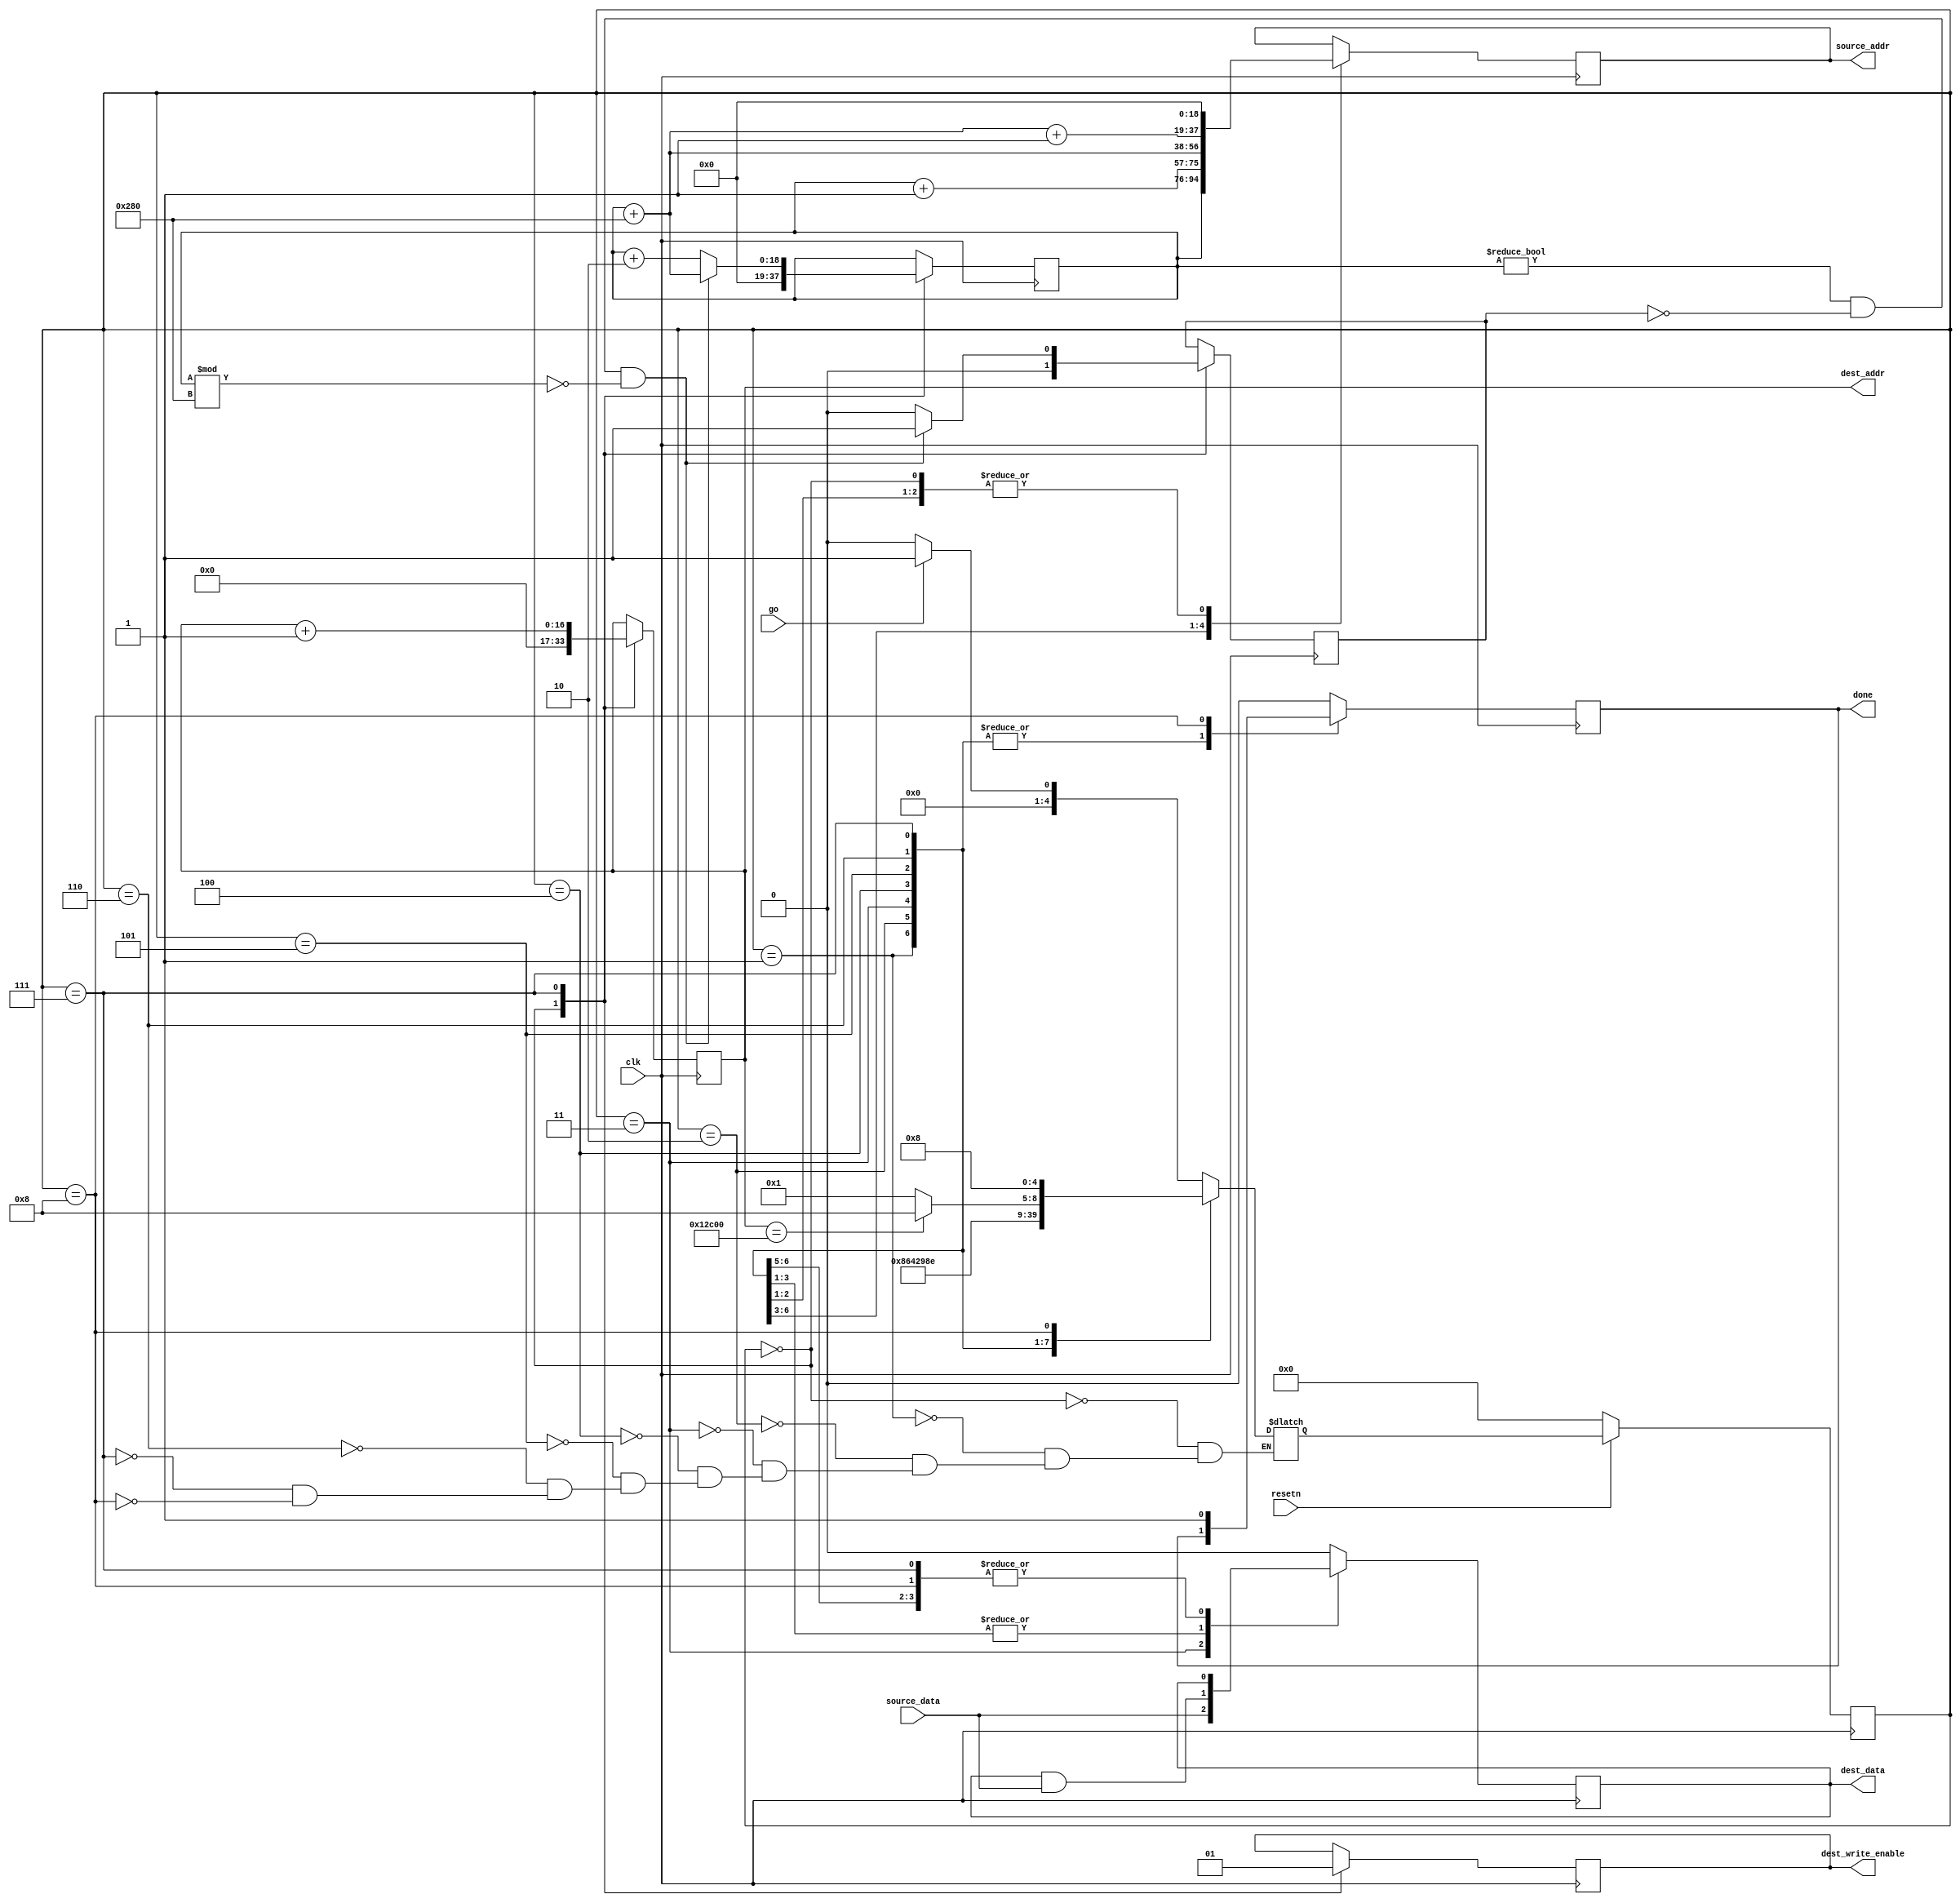
`timescale 1ns/1ns
// Reduction Block
// Reduces an n by m array into an  (n/2) by (m/2) array by
// sweeping a 2x2 box across the input array and ANDing the elements together
// Assumes a two cycle delay when accessing the source memory

module reduction
#( 
    parameter SOURCE_WIDTH = 640,
    parameter SOURCE_HEIGHT = 480,
    parameter SOURCE_DATA_WIDTH = 1,
    parameter SOURCE_ADDR_WIDTH = 19,
    parameter DEST_ADDR_WIDTH = 17,
    parameter DEST_DATA_WIDTH = 1
)
(
    input clk,
    input resetn,
    input go,
    input [SOURCE_DATA_WIDTH-1:0] source_data,
    output reg [SOURCE_ADDR_WIDTH-1:0] source_addr,
    output reg [DEST_ADDR_WIDTH-1:0] dest_addr,
    output reg [DEST_DATA_WIDTH-1:0] dest_data,
    output reg dest_write_enable,
    output reg done
);

    //States
    localparam RESET = 0,
               ISSUE_READ_TL = 1,
               ISSUE_READ_TR = 2,
               ISSUE_READ_BL_AND_TL_READY = 3,
               ISSUE_READ_BR_AND_TR_READY = 4,
               BL_READY = 5,
               BR_READY = 6,
               WRITE_RESULT = 7,
               DONE = 8;

     reg [4:0] curState, nextState;

     //State Loading
     always@(posedge clk) begin
         if(resetn == 1'b0)
             curState <= RESET;
         else
             curState <= nextState;
     end

     ////////////////////////////////////////////////////////////////
     //State Transitions
     always@(*) begin
         case (curState)
             RESET: begin
                if(go)
                    nextState <= ISSUE_READ_TL;
                else if(!go)
                    nextState <= RESET;
             end
             ISSUE_READ_TL: begin
                 nextState <= ISSUE_READ_TR;
             end
             ISSUE_READ_TR: begin
                 nextState <= ISSUE_READ_BL_AND_TL_READY;
             end
             ISSUE_READ_BL_AND_TL_READY: begin
                 nextState <= ISSUE_READ_BR_AND_TR_READY;
             end
             ISSUE_READ_BR_AND_TR_READY: begin
                 nextState <= BL_READY;
             end
             BL_READY: begin
                 nextState <= BR_READY;
             end
             BR_READY: begin
                 nextState <= WRITE_RESULT;
             end
             WRITE_RESULT: begin
                 if(dest_addr == (SOURCE_WIDTH * SOURCE_HEIGHT)/4)
                     nextState <= DONE;
                 else
                     nextState <= ISSUE_READ_TL;
             end
             DONE: begin
                 nextState <= DONE;
             end
         endcase
     end

     ////////////////////////////////////////////////////////////////
     reg [SOURCE_ADDR_WIDTH-1:0] source_index;
     reg last;

     //Control Signals
     always@(posedge clk) begin
        case (curState)
            RESET: begin
                source_index <= 0;
                source_addr <= 0;
                dest_addr <= 0;
                dest_data <= 0;
                dest_write_enable <= 0;
                done <= 0;
                last <= 0;
            end
            ISSUE_READ_TL: begin
                source_addr <= source_index;
            end
            ISSUE_READ_TR: begin
                source_addr <= source_index + 1;
            end
            ISSUE_READ_BL_AND_TL_READY: begin
                source_addr <= (source_index + SOURCE_WIDTH);
                dest_data <= source_data[0];
            end
            ISSUE_READ_BR_AND_TR_READY: begin
                source_addr <= (source_index + SOURCE_WIDTH + 1);
                dest_data <= (dest_data & source_data[0]);
            end
            BL_READY: begin
                source_addr <= 0;
                dest_data <=  (dest_data & source_data[0]);
            end
            BR_READY: begin
                source_addr <= 0;
                dest_data <= (dest_data & source_data[0]);
            end
            WRITE_RESULT: begin
                //If at the end of row -> update to the next next row
                if( (source_index != 0) && !last && (source_index % SOURCE_WIDTH == 0)) begin
                    source_index <= source_index + SOURCE_WIDTH;
                    last <= 1;
                end
                else begin
                    source_index <= source_index + 2;
                    last <= 0;
                end
                
                //Send the write
                dest_addr <= dest_addr + 1;
                dest_write_enable <= 1;
            end
            DONE: begin
                done <= 1'b1;
            end
            default: begin
                done <= 1'b0;
                dest_data <= 1'b0;
            end
        endcase
    end

endmodule